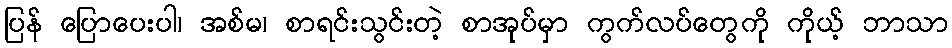
ပြန် ပြောပေးပါ၊ အစ်မ၊ စာရင်းသွင်းတဲ့ စာအုပ်မှာ ကွက်လပ်တွေကို ကိုယ့် ဘာသာ